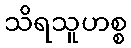
သိရသူဟစ္စ